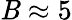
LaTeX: \mathit{B}\approx5